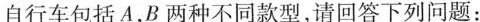
自行车包括A，B两种不同款型，请回答下列问题：